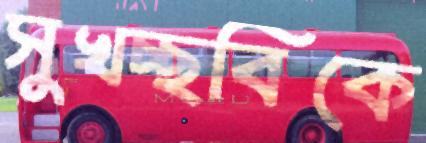
সুখচ্ছবিকে